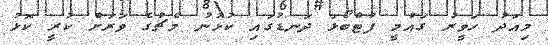
މިއަދު ހަވީރު ގައުމީ ފުޓްބޯޅަ ދަނޑުގައި ކުޅުނު މެޗުގެ ވަރަށް ކުރީ ކޮޅު